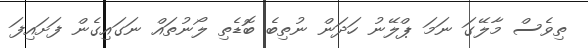
ތިވެސް މާލޭގަ ނަމަ ޕްލޭނު ހަދަން ނުތިބެ ބޮޑެތި ލޯނުތައް ނަގައިގެން ފަށައިފަ